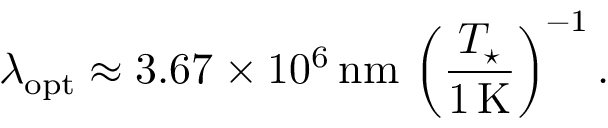
\lambda _ { \mathrm { o p t } } \approx 3 . 6 7 \times 1 0 ^ { 6 } \, \mathrm { n m } \, \left( \frac { T _ { \star } } { 1 \, \mathrm { K } } \right) ^ { - 1 } .